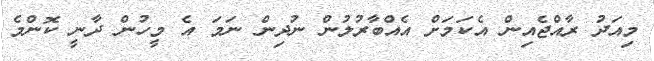
މިއަދު ރާއްޖެއިން އެކަމަށް އެއްބާރުލުން ނުދިން ނަމަ އެ މީހުން ދާނީ ކޮންމެ